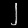
Digit: ၂